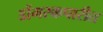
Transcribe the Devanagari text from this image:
डोंगरकपारीत